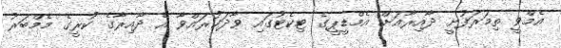
އެމްވީ ތިމަރަފުށީ ދާއިރާއަށް އެމްޑީޕީގެ ޓިކެޓުގައި ވާދަކުރައްވާ އެ ދާއިރާގެ ކުރީގެ މެމްބަރު